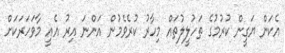
އެކަން ޔަގީން ކުރުމުގެ ތަހުލީލުތައް މިހާރު ކުރެވެމުން އަންނަ އިރު އެއީ މާވަހަރަކަށް